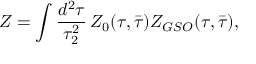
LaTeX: Z = \int \frac { d ^ { 2 } \tau } { \tau _ { 2 } ^ { 2 } } \, Z _ { 0 } ( \tau , \bar { \tau } ) Z _ { G S O } ( \tau , \bar { \tau } ) ,